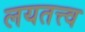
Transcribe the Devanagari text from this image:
लयतत्त्व